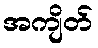
အကျိတ်